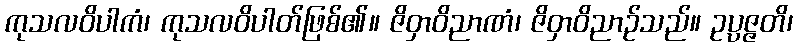
ကုသလဝိပါကံ၊ ကုသလဝိပါတ်ဖြစ်၏။ ဇိဝှာဝိညာဏံ၊ ဇိဝှာဝိညာဉ်သည်။ ဥပ္ပဇ္ဇတိ၊